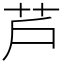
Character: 芦